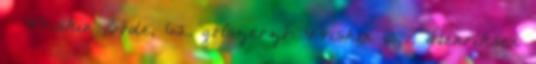
– Priskin Böde, 62. gólszerző: Priskin 13. , Henriksen